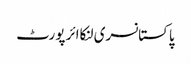
پاکستانسری لنکاائر پورٹ